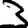
Digit: 3